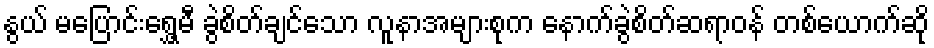
နွယ် မပြောင်းရွှေ့မီ ခွဲစိတ်ချင်သော လူနာအများစုက နောက်ခွဲစိတ်ဆရာဝန် တစ်ယောက်ဆို